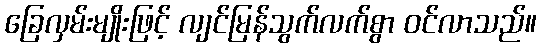
ခြေလှမ်းမျိုးဖြင့် လျင်မြန်သွက်လက်စွာ ဝင်လာသည်။